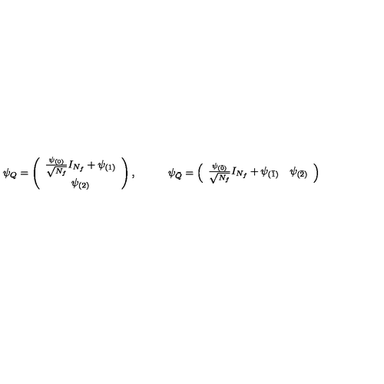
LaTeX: \psi _ { Q } = \left( \begin{array} { c } { \frac { \psi _ { ( 0 ) } } { \sqrt { N _ { f } } } I _ { N _ { f } } + \psi _ { ( 1 ) } } \\ { \psi _ { ( 2 ) } } \\ \end{array} \right) , \qquad \quad \psi _ { \bar { Q } } = \left( \begin{array} { c c } { \frac { \psi _ { ( \bar { 0 } ) } } { \sqrt { N _ { f } } } I _ { N _ { f } } + \psi _ { ( \bar { 1 } ) } } & { \psi _ { ( \bar { 2 } ) } } \\ \end{array} \right)